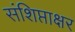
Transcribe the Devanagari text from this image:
संशिप्ताक्षर